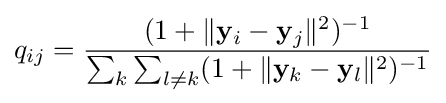
q_{ij}={\frac {(1+\lVert \mathbf {y} _{i}-\mathbf {y} _{j}\rVert ^{2})^{-1}}{\sum _{k}\sum _{l\neq k}(1+\lVert \mathbf {y} _{k}-\mathbf {y} _{l}\rVert ^{2})^{-1}}}